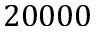
2 0 0 0 0